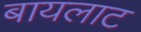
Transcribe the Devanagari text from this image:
बायलाट